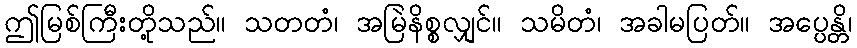
ဤမြစ်ကြီးတို့သည်။ သတတံ၊ အမြဲနိစ္စလျှင်။ သမိတံ၊ အခါမပြတ်။ အပ္ပေန္တိ၊